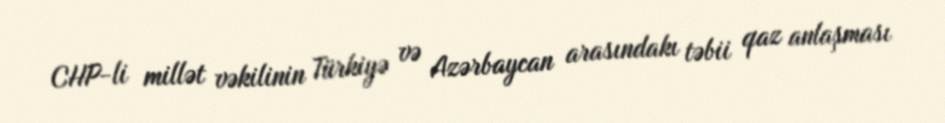
CHP-li millət vəkilinin Türkiyə və Azərbaycan arasındakı təbii qaz anlaşması